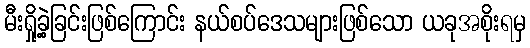
မီးရှို့ခဲ့ခြင်းဖြစ်ကြောင်း နယ်စပ်ဒေသများဖြစ်သော ယခုအစိုးရမှ